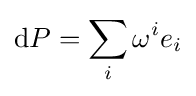
\mathrm {d} P=\sum _{i}\omega ^{i}e_{i}